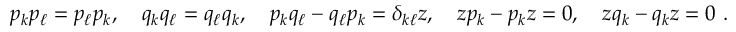
p _ { k } p _ { \ell } = p _ { \ell } p _ { k } , \quad q _ { k } q _ { \ell } = q _ { \ell } q _ { k } , \quad p _ { k } q _ { \ell } - q _ { \ell } p _ { k } = \delta _ { k \ell } z , \quad z p _ { k } - p _ { k } z = 0 , \quad z q _ { k } - q _ { k } z = 0 ~ .